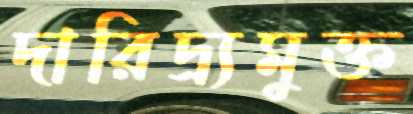
দারিদ্র্যমুক্ত